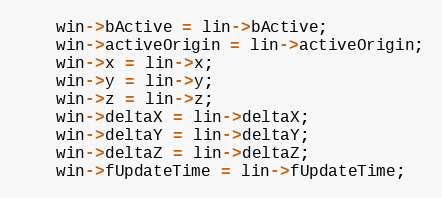
Language: C++
    win->bActive = lin->bActive;
    win->activeOrigin = lin->activeOrigin;
    win->x = lin->x;
    win->y = lin->y;
    win->z = lin->z;
    win->deltaX = lin->deltaX;
    win->deltaY = lin->deltaY;
    win->deltaZ = lin->deltaZ;
    win->fUpdateTime = lin->fUpdateTime;